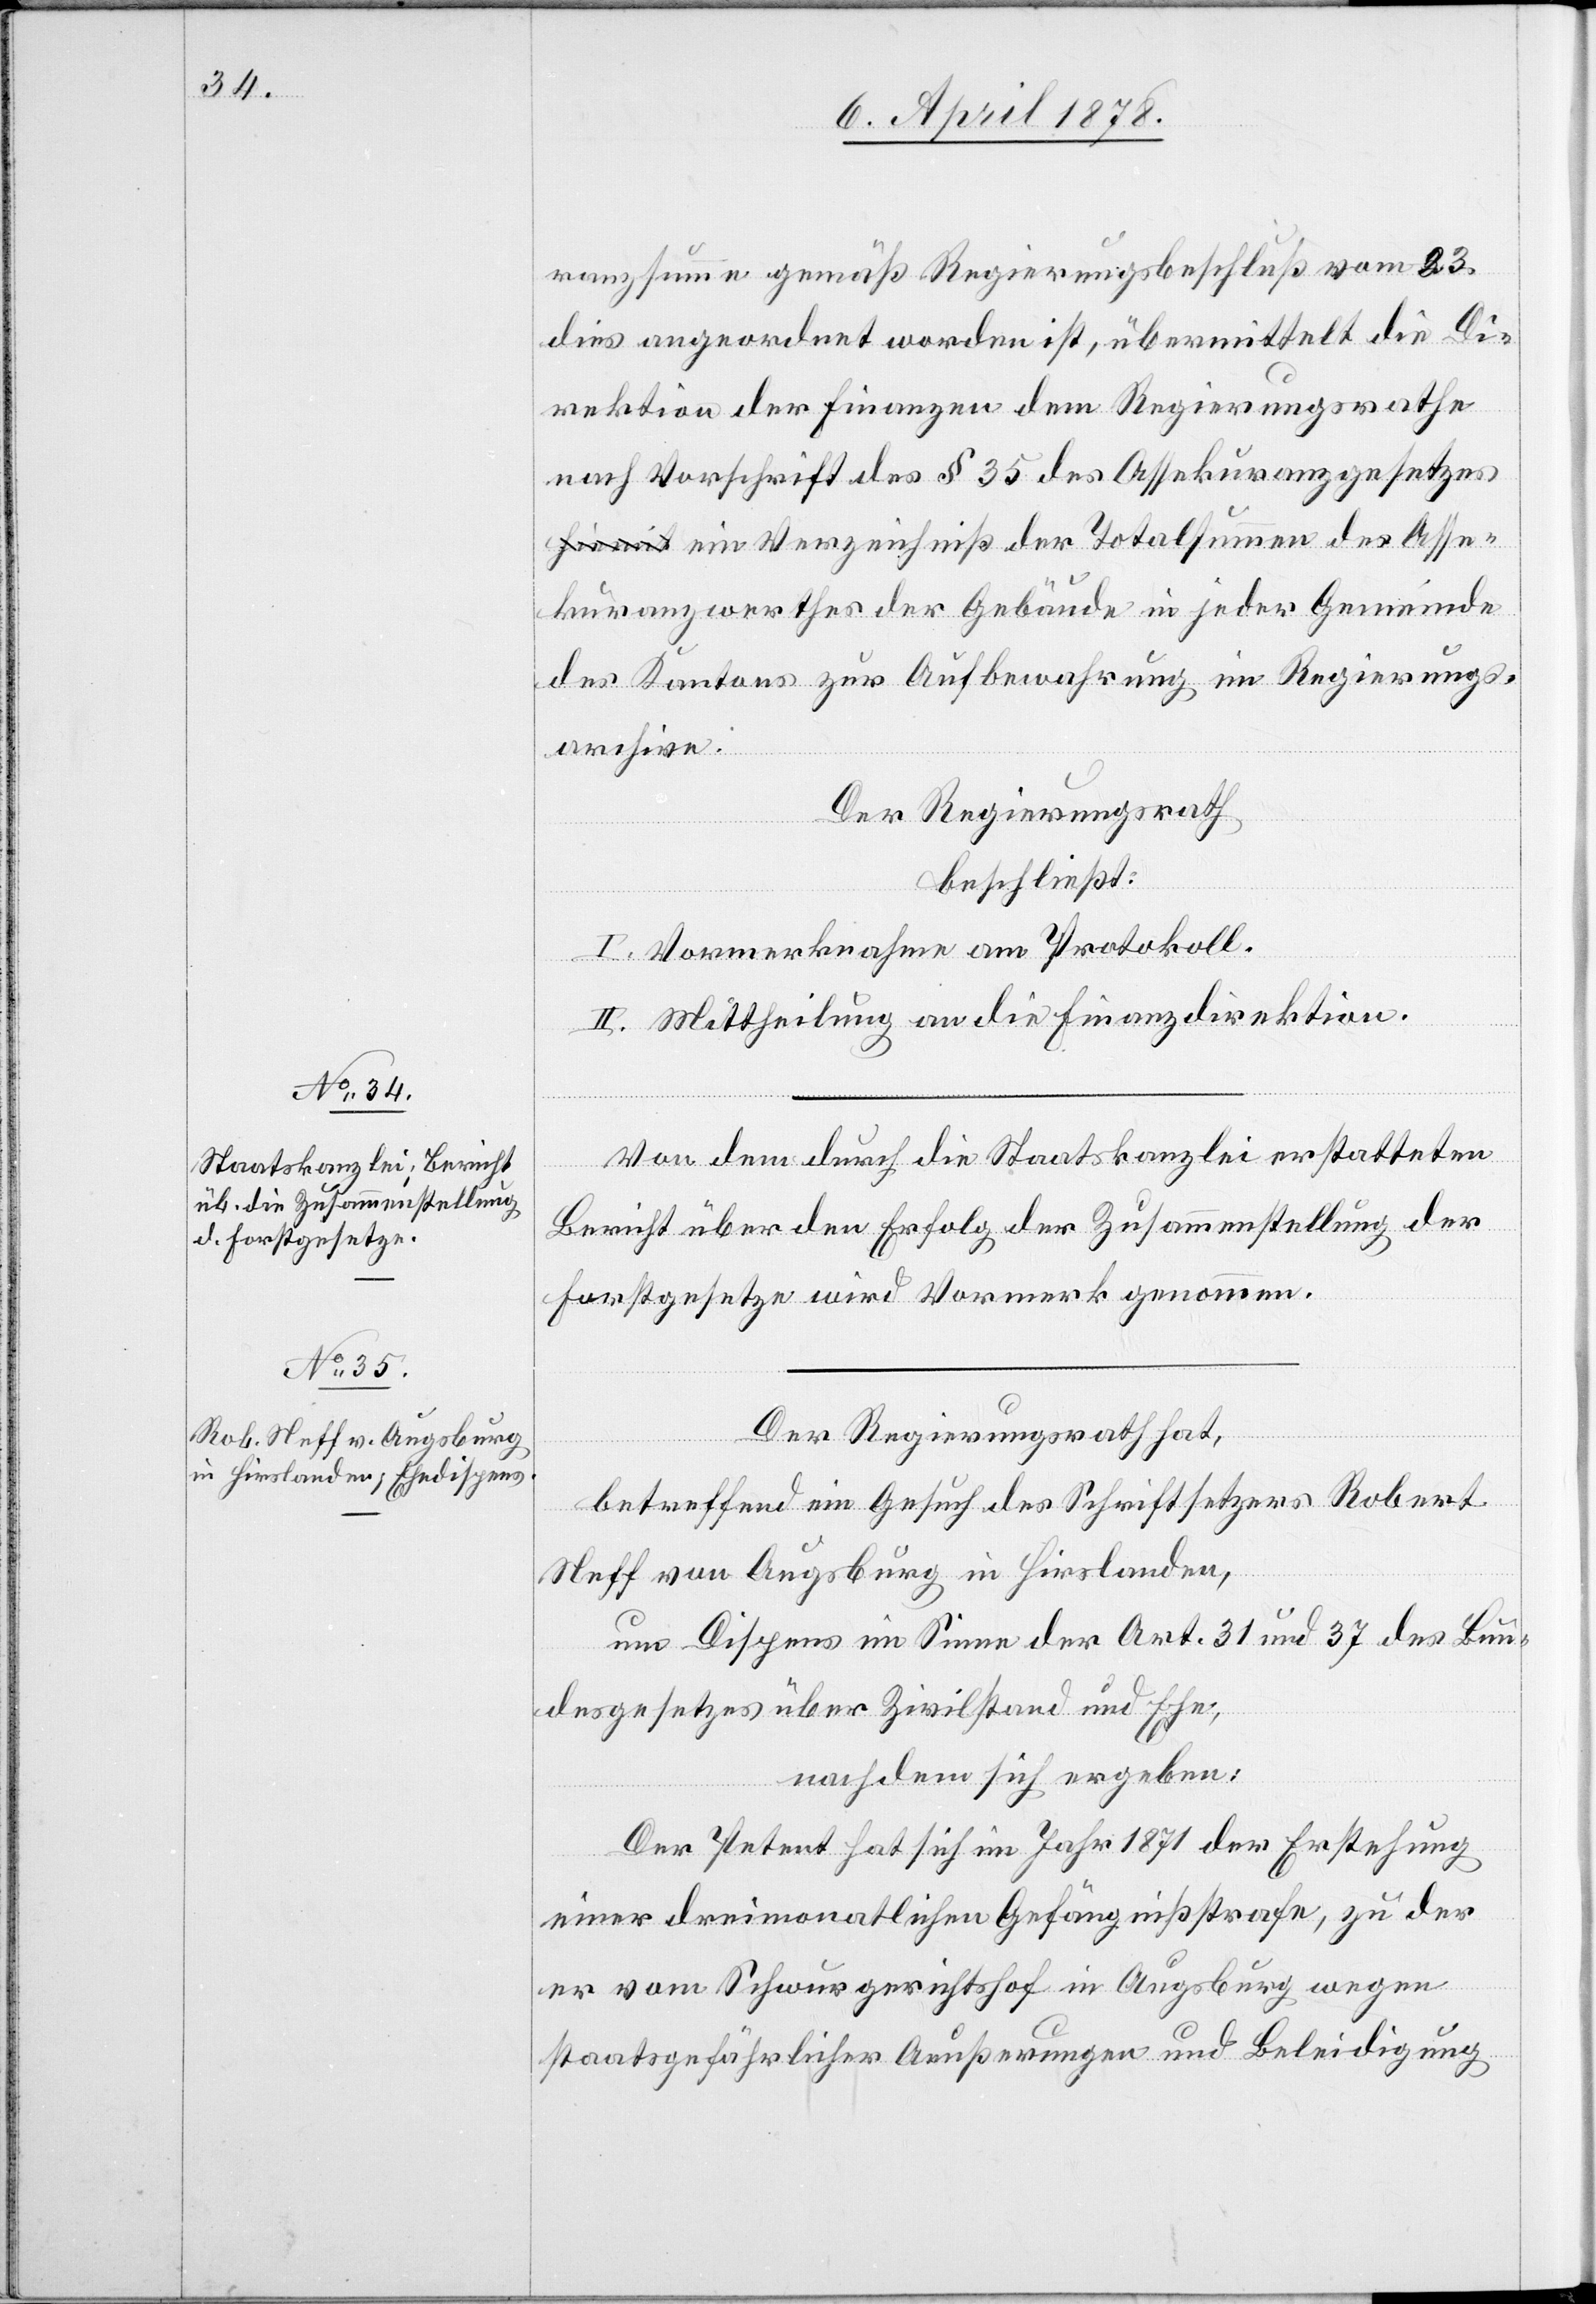
ranzsumme gemäß Regierungsbeschluß vom 23.
dies angeordnet worden ist, übermittelt die Di¬
rektion der Finanzen dem Regierungsrathe
nach Vorschrift des § 35 des Assekuranzgesetzes
ein Verzeichniß der Totalsumme des Asse¬
kuranzwerthes der Gebäude in jeder Gemeinde
des Kantons zur Aufbewahrung im Regierungs¬
archiv.
Der Regierungsrath
beschließt:
I. Vormerknahme am Protokoll.
II. Mittheilung an die Finanzdirektion.
Von dem durch die Staatskanzlei erstatteten
Bericht über den Erfolg der Zusammenstellung der
Forstgesetze wird Vormerk genommen.
Der Regierungsrath hat,
betreffend ein Gesuch des Schriftsetzers Robert
Neff von Augsburg in Hirslanden,
um Dispens im Sinne der Art. 31 und 37 des Bun¬
desgesetzes über Zivilstand und Ehe;
nachdem sich ergeben:
Der Petent hat sich im Jahr 1871 der Erstehung
einer dreimonatlichen Gefängnißstrafe, zu der
er vom Schwurgerichtshof in Augsburg wegen
staatsgefährlicher Aeußerungen und Beleidigung